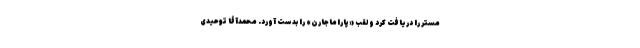
مستر را دریافت کرد و لقب «پاراماجارن» را بدست آورد. محمدآقا توحیدی